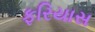
ફરિયાસ